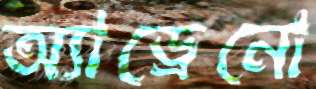
অ্যাড্রেনো